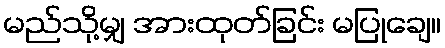
မည်သို့မျှ အားထုတ်ခြင်း မပြုချေ။